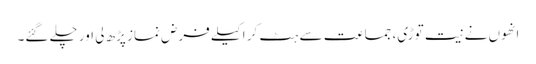
انھوں نے نیت توڑی، جماعت سے ہٹ کر اکیلے فرض نماز پڑھ لی اور چلے گئے۔